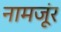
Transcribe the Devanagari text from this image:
नामजूंर